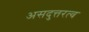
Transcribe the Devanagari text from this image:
असदुत्तरत्व